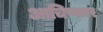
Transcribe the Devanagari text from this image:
आचिष्कार